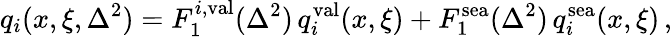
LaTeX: q_{i}(x,\xi,\Delta^{2})=F_{1}^{i,\mathrm{val}}(\Delta^{2})\, q_{i}^{\mathrm{val}}(x,\xi)+F_{1}^{\mathrm{sea}}(\Delta^{2})\, q_{i}^{\mathrm{sea}}(x,\xi)\, ,